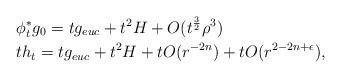
LaTeX: \begin{align*}&\phi_{t}^{\ast}g_0=tg_{euc}+t^{2}H+O(t^{\frac{3}{2}} \rho^3)\\&th_{t}=tg_{euc}+t^{2}H+tO(r^{-2n})+tO(r^{2-2n+\epsilon}),\end{align*}